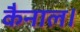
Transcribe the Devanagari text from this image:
कैनाल।